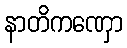
နာတိကဏှော